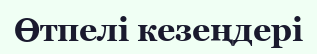
Өтпелі кезеңдері